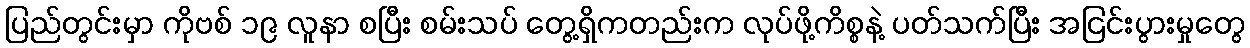
ပြည်တွင်းမှာ ကိုဗစ် ၁၉ လူနာ စပြီး စမ်းသပ် တွေ့ရှိကတည်းက လုပ်ဖို့ကိစ္စနဲ့ ပတ်သက်ပြီး အငြင်းပွားမှုတွေ